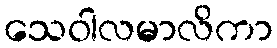
သေဝါလမာလိကာ